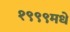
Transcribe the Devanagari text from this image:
१९९९मधे